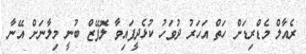
ރެއާލް މެޑްރިޑަށް ހަތް އަހަރު ދުވަހު ކުޅެދީފައިވާ ލޮޕޭޒް ބުނީ މިލާނަށް އޭނާ